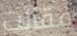
فقالت